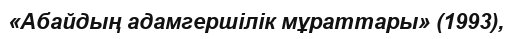
«Абайдың адамгершілік мұраттары» (1993),